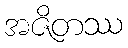
အဇိတဿ